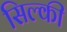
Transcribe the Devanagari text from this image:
सिल्की